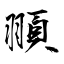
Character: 頨